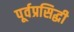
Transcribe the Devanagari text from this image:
पूर्वप्रसिद्धी